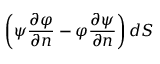
\left( \psi { \frac { \partial \varphi } { \partial n } } - \varphi { \frac { \partial \psi } { \partial n } } \right) d S